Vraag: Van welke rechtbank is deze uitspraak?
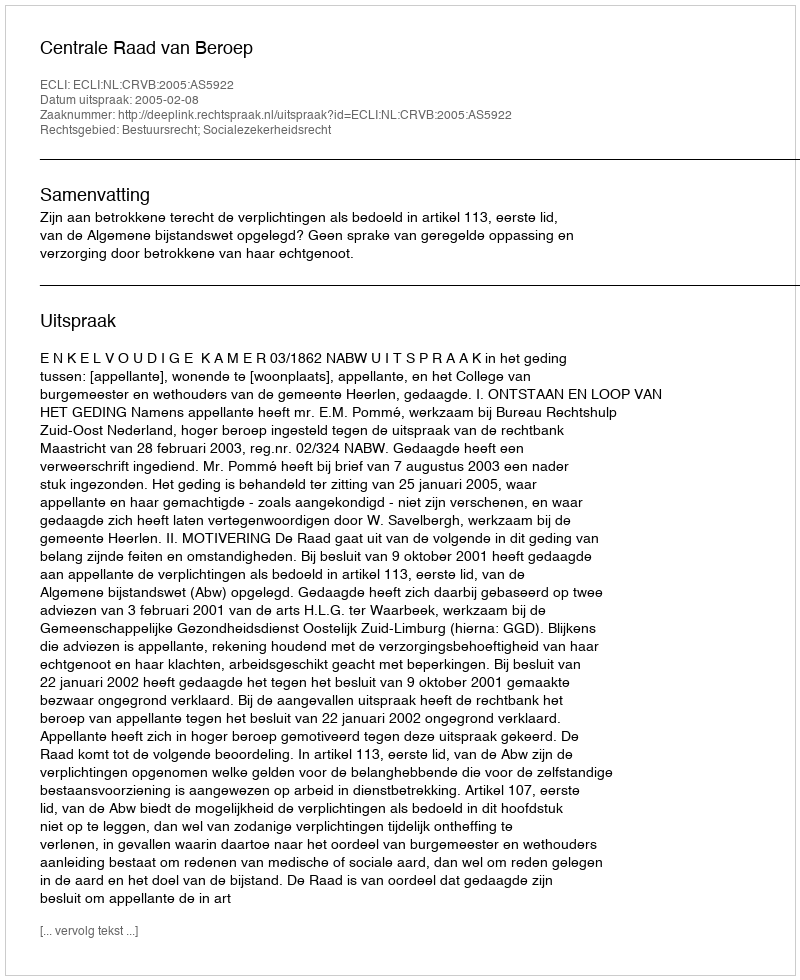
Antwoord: Centrale Raad van Beroep